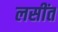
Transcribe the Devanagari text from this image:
लसींत